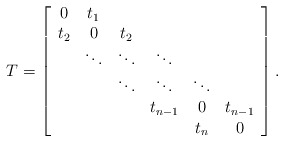
\begin{align*}T=\left[\begin{array}{cccccc}0 & t_{1}\\t_{2} & 0 & t_{2}\\ & \ddots & \ddots & \ddots\\ & & \ddots & \ddots & \ddots\\ & & & t_{n-1} & 0 & t_{n-1}\\ & & & & t_{n} & 0\end{array}\right].\end{align*}